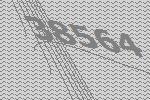
38564